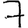
Digit: 7